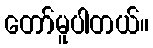
တော်မူပါတယ်။